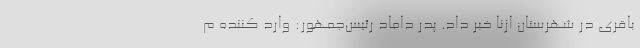
باقری در شهرستان ازنا خبر داد. پدر داماد رئیس‌جمهور: وارد کننده م